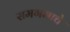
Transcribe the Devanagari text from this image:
समगमाचे